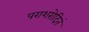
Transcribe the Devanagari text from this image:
पराशरोदितं